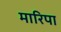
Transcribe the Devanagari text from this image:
मारिपा